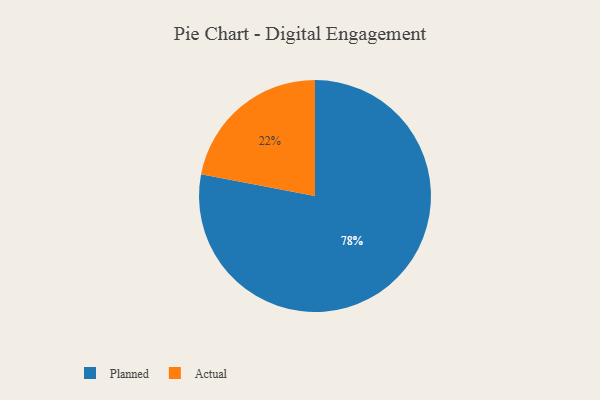
{"axis": {"x": "Category", "y": "Percentage"}, "legend": ["Actual", "Planned"], "data": [{"x": "Planned", "y": 78, "type": "Planned"}, {"x": "Actual", "y": 22, "type": "Actual"}]}